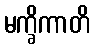
မက္ခိကာတိ